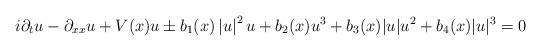
LaTeX: \begin{align*}i\partial_tu - \partial_{xx}u + V(x)u \pm b_1(x) \left|u\right|^{2}u +b_2(x) u^3+b_3(x) |u|u^2+b_4(x) |u|^3 = 0\end{align*}